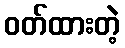
ဝတ်ထားတဲ့